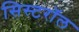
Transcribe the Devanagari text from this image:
सिस्टरॉल